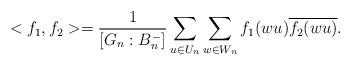
LaTeX: \begin{align*} <f_1, f_2>=\frac{1}{[G_n:B_{n}^{-}]}\sum_{u\in U_n}\sum_{w\in W_n}f_1(wu)\overline{f_2(wu)}.\end{align*}